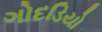
ગોદડિયો